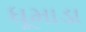
ધૂમાડા